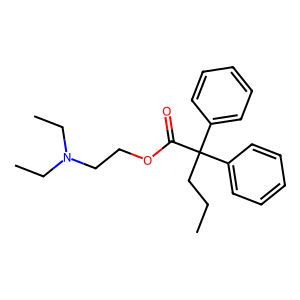
SMILES: CCCC(C(=O)OCCN(CC)CC)(c1ccccc1)c1ccccc1
Inhibits HIV replication: No